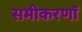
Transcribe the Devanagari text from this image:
समीकरणॉ